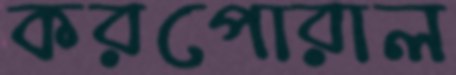
করপোরাল